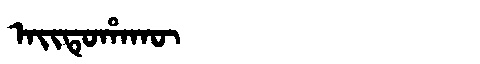
Manchu: ᠠᡳᡨᡠᡥᠠᡴᡡ
Romanization: AITUHAKŪ